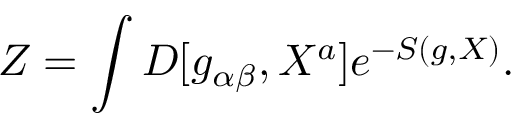
Z = \int { \cal D } [ g _ { \alpha \beta } , X ^ { a } ] e ^ { - S ( g , X ) } .